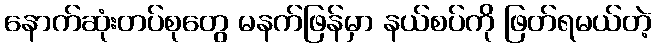
နောက်ဆုံးတပ်စုတွေ မနက်ဖြန်မှာ နယ်စပ်ကို ဖြတ်ရမယ်တဲ့